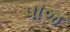
પાજ